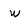
Character: w